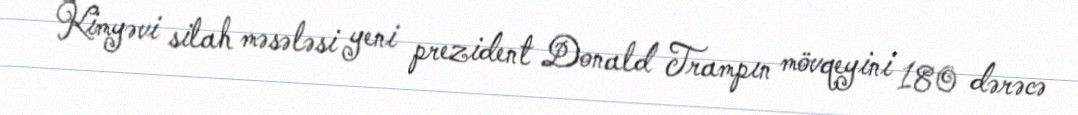
Kimyəvi silah məsələsi yeni prezident Donald Trampın mövqeyini 180 dərəcə